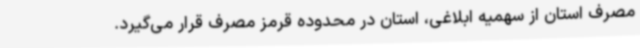
مصرف استان از سهمیه ابلاغی، استان در محدوده قرمز مصرف قرار می‌گیرد.